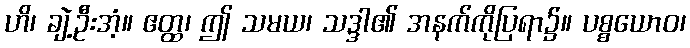
ဟိ၊ ချဲ့ဦးအံ့။ ဧတ္ထ၊ ဤ သမယ၊ သဒ္ဒါ၏ အနက်ကိုပြရာ၌။ ပစ္စယောဝ၊